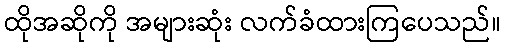
ထိုအဆိုကို အများဆုံး လက်ခံထားကြပေသည်။